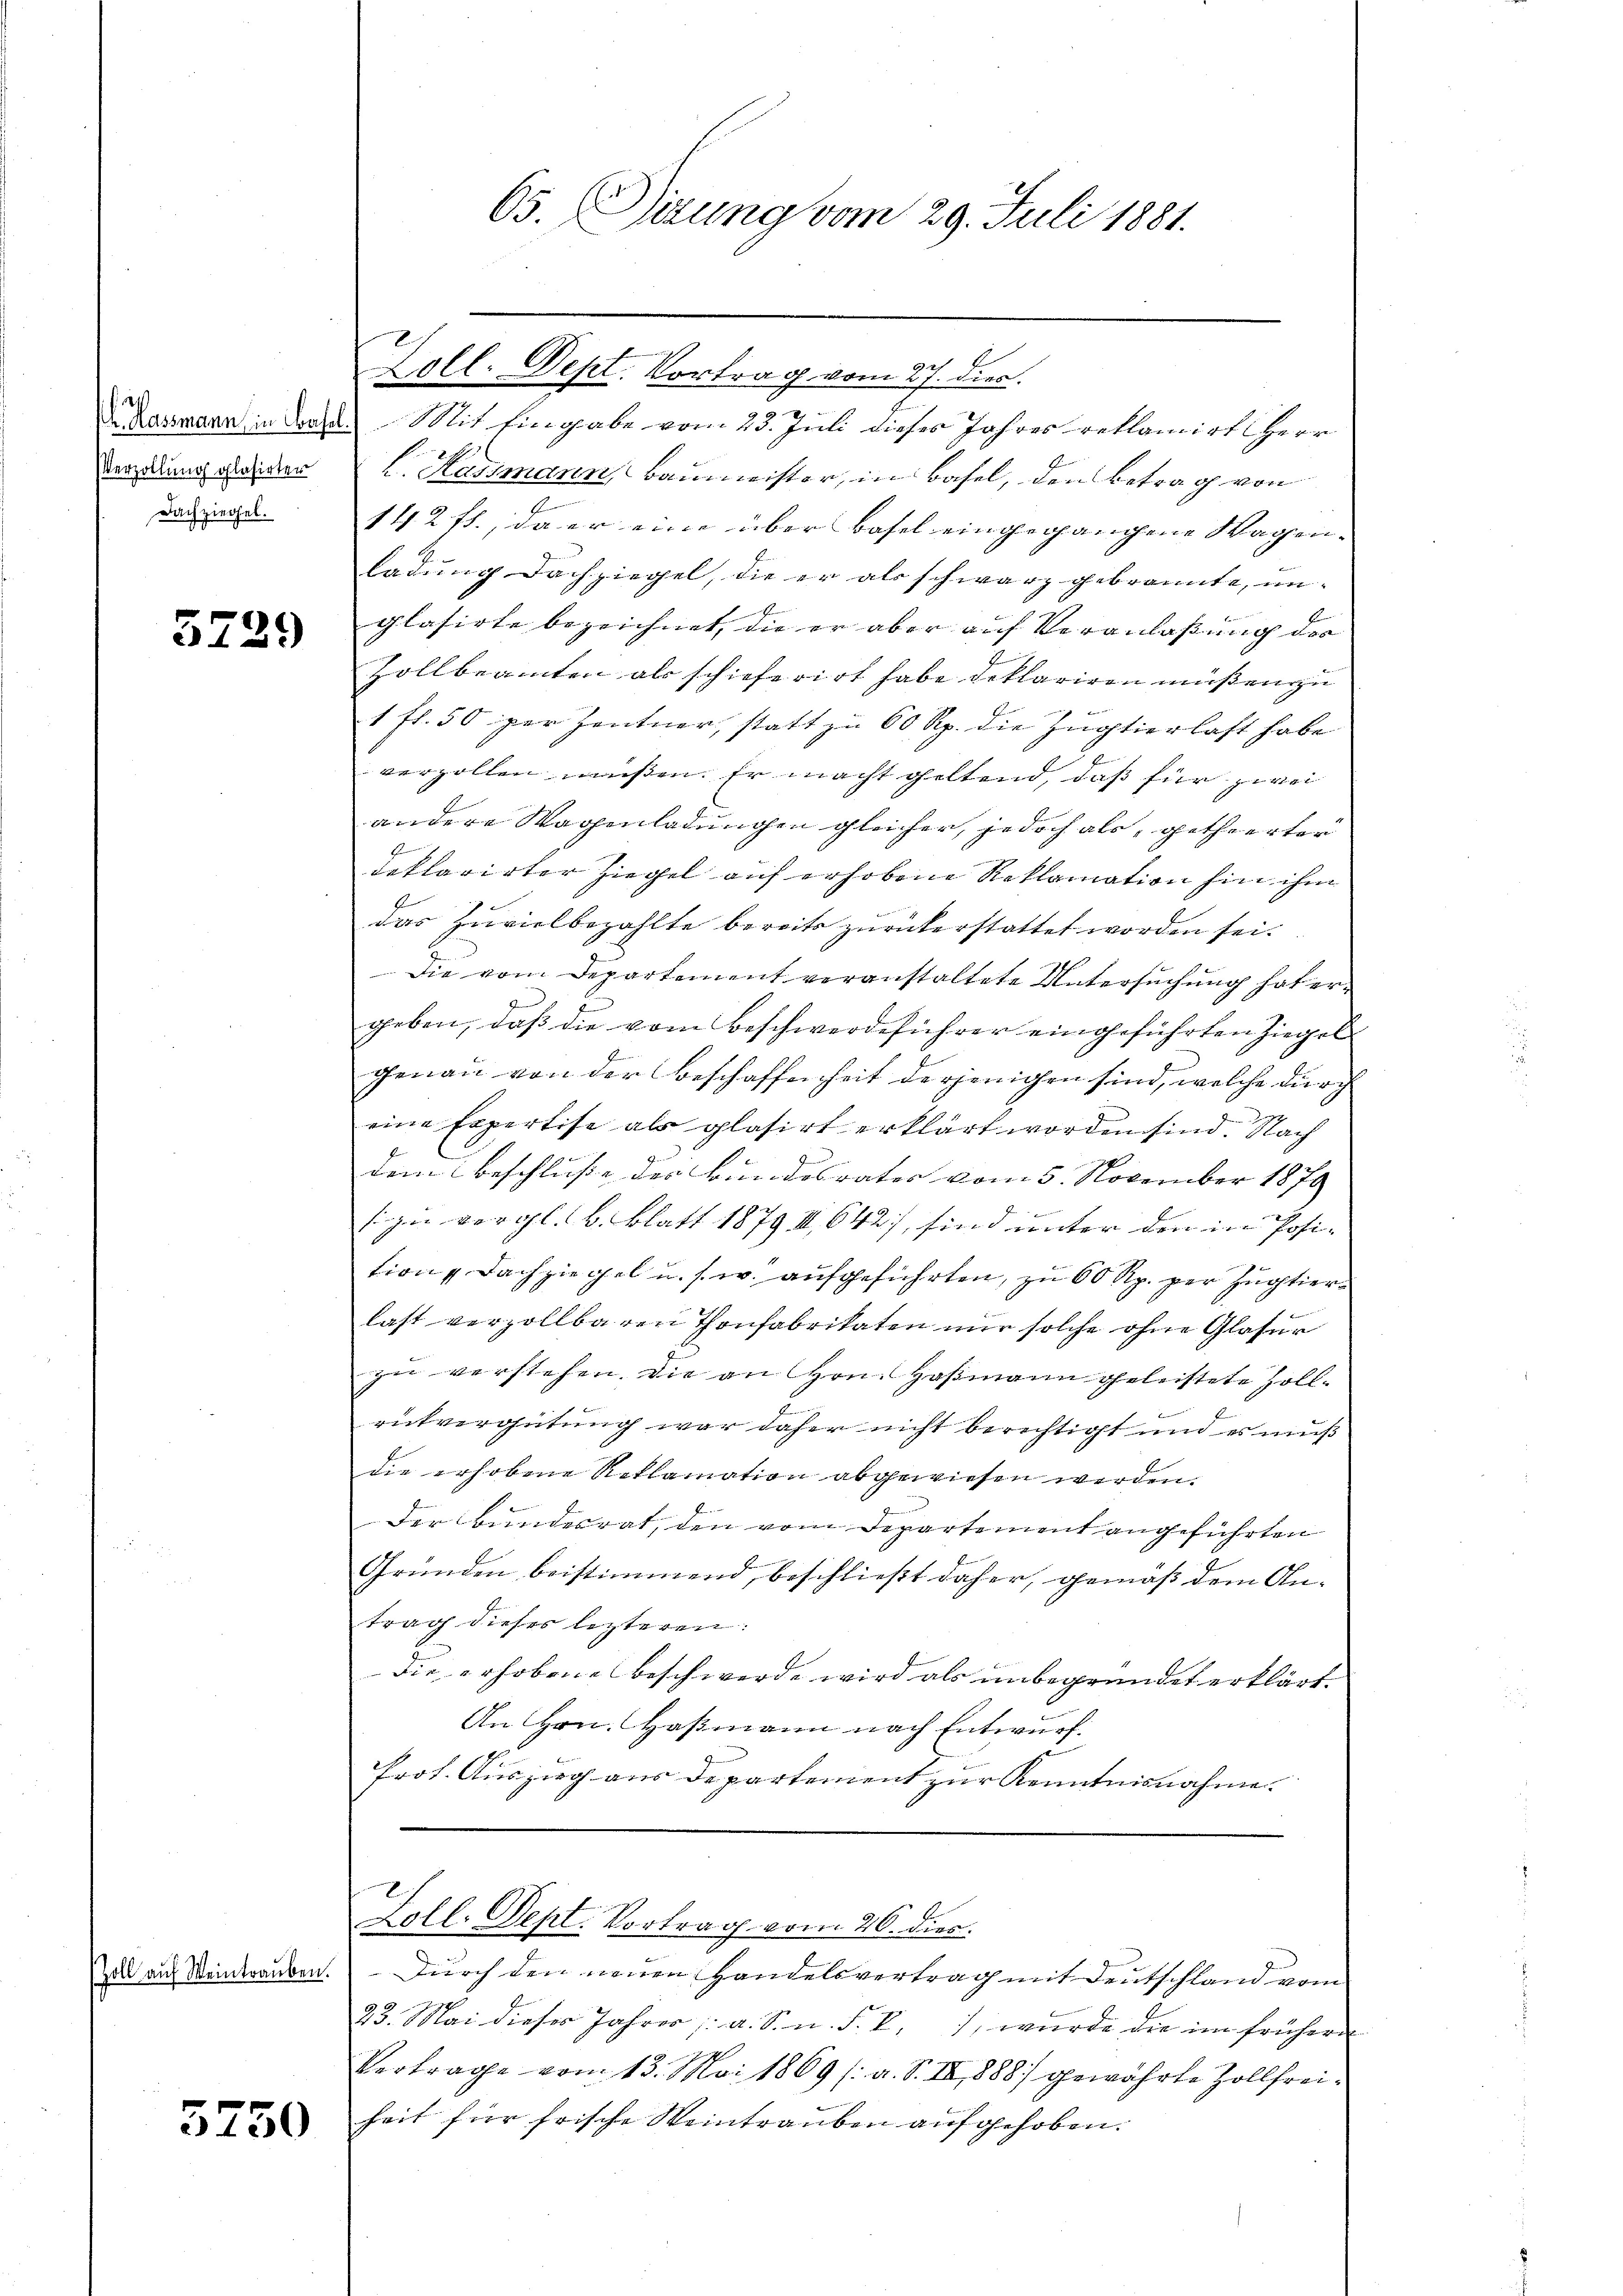
Verzollung glasirter
Dachziegel.

5729

Zoll auf Weintrauben.

5750

65. Dirung vom 29. Juli 1881.

Zoll. Dept. Vortrag vom 27. dies.
d Raumann in das Mit Eingabe vom 23. Juli dieses Jahres reklamirt Herr
L. Kassmann, Baumeister, in Basel, den Betrag von
142 ff., da er eine über Basel eingegangene Wagen- |
ladung Dachziegel, die er als schwarz gebrannte, un- |
glasirte bezeichnet, die er aber auf Veranlaßung der
Zollbeamten als schieferirt habe deklariren müßen zu
f
1 fl. 50 per Zentner, statt zu 60 Rp. die Zugtierlast habe
verzollen müßen. Er macht geltend, daß für zwei
andere Wagenladungen gleicher, jedoch als getheerter
deklarirter Ziegel auf erhobene Reklamation hin ihm
das Zuvielbezahlte bereits zurückerstattet worden sei.
Die vom Departement veranstaltete Untersuchung hat ergeben, daß die vom Beschwerdeführer eingeführten Ziegel
genau von der Beschaffenheit derjenigen sind, welche durch
eine Expertise als glasirt erklärt worden sind. Nach
dem Beschluße des Bundesrates vom 5. November 1879
sizen vergl. B. Blatt 1879 III 642), sind unter den in Posi-
tion Dachziegel u. s. w. aufgeführten, zu 60 Rp. per Zugtier
last verzollbaren Thonfabrikaten nur solche ohne Glasur
zu verstehen, die an Hrn. Hofmann geleistete Zollrükvergütung war daher nicht berechtigt und es muß
die erhobene Reklamation abgewiesen werden.
Der Bundesrat, den vom Departement angeführten
Gründen beistimmend, beschließt daher, gemäß dem An-
trag dieses lezteren:
die erhobene Beschwerde wird als unbegründet erklärt.
An Hrn. Haßmann nach Entwurf.
Prot. Auszug aus de partement zur Kenntnisnahme.

Durch den neuen Handelsvertrag mit Deutschland vom
23. Mai dieser Jahres a. S. n. F. V., wurde die im frühern
Vertrage vom 13. Mai 1869 /: a. S. IV 888) gewährte Zollfreiheit für frische Weintrauben aufgehoben.

Loll. Sept. Vortrag vom 26. dies